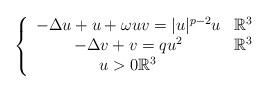
LaTeX: \begin{align*}\left\{ \begin{array}{cc}-\Delta u+u+\omega uv=|u|^{p-2}u & \mathbb{R}^{3}\\-\Delta v+v=qu^{2} & \mathbb{R}^{3}\\u>0\mathbb{R}^{3}\end{array}\right.\end{align*}